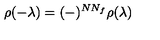
\rho ( - \lambda ) = ( - ) ^ { N N _ { f } } \rho ( \lambda )